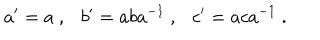
a ^ { \prime } = a ~ , b ^ { \prime } = a b a ^ { - 1 } ~ , c ^ { \prime } = a c a ^ { - 1 } ~ .